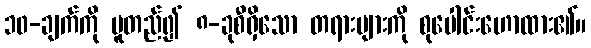
၁၀-ချက်ကို မူတည်၍ ၈-ခုစီရှိသော တရားများကို စုပေါင်းဟောထား၏။